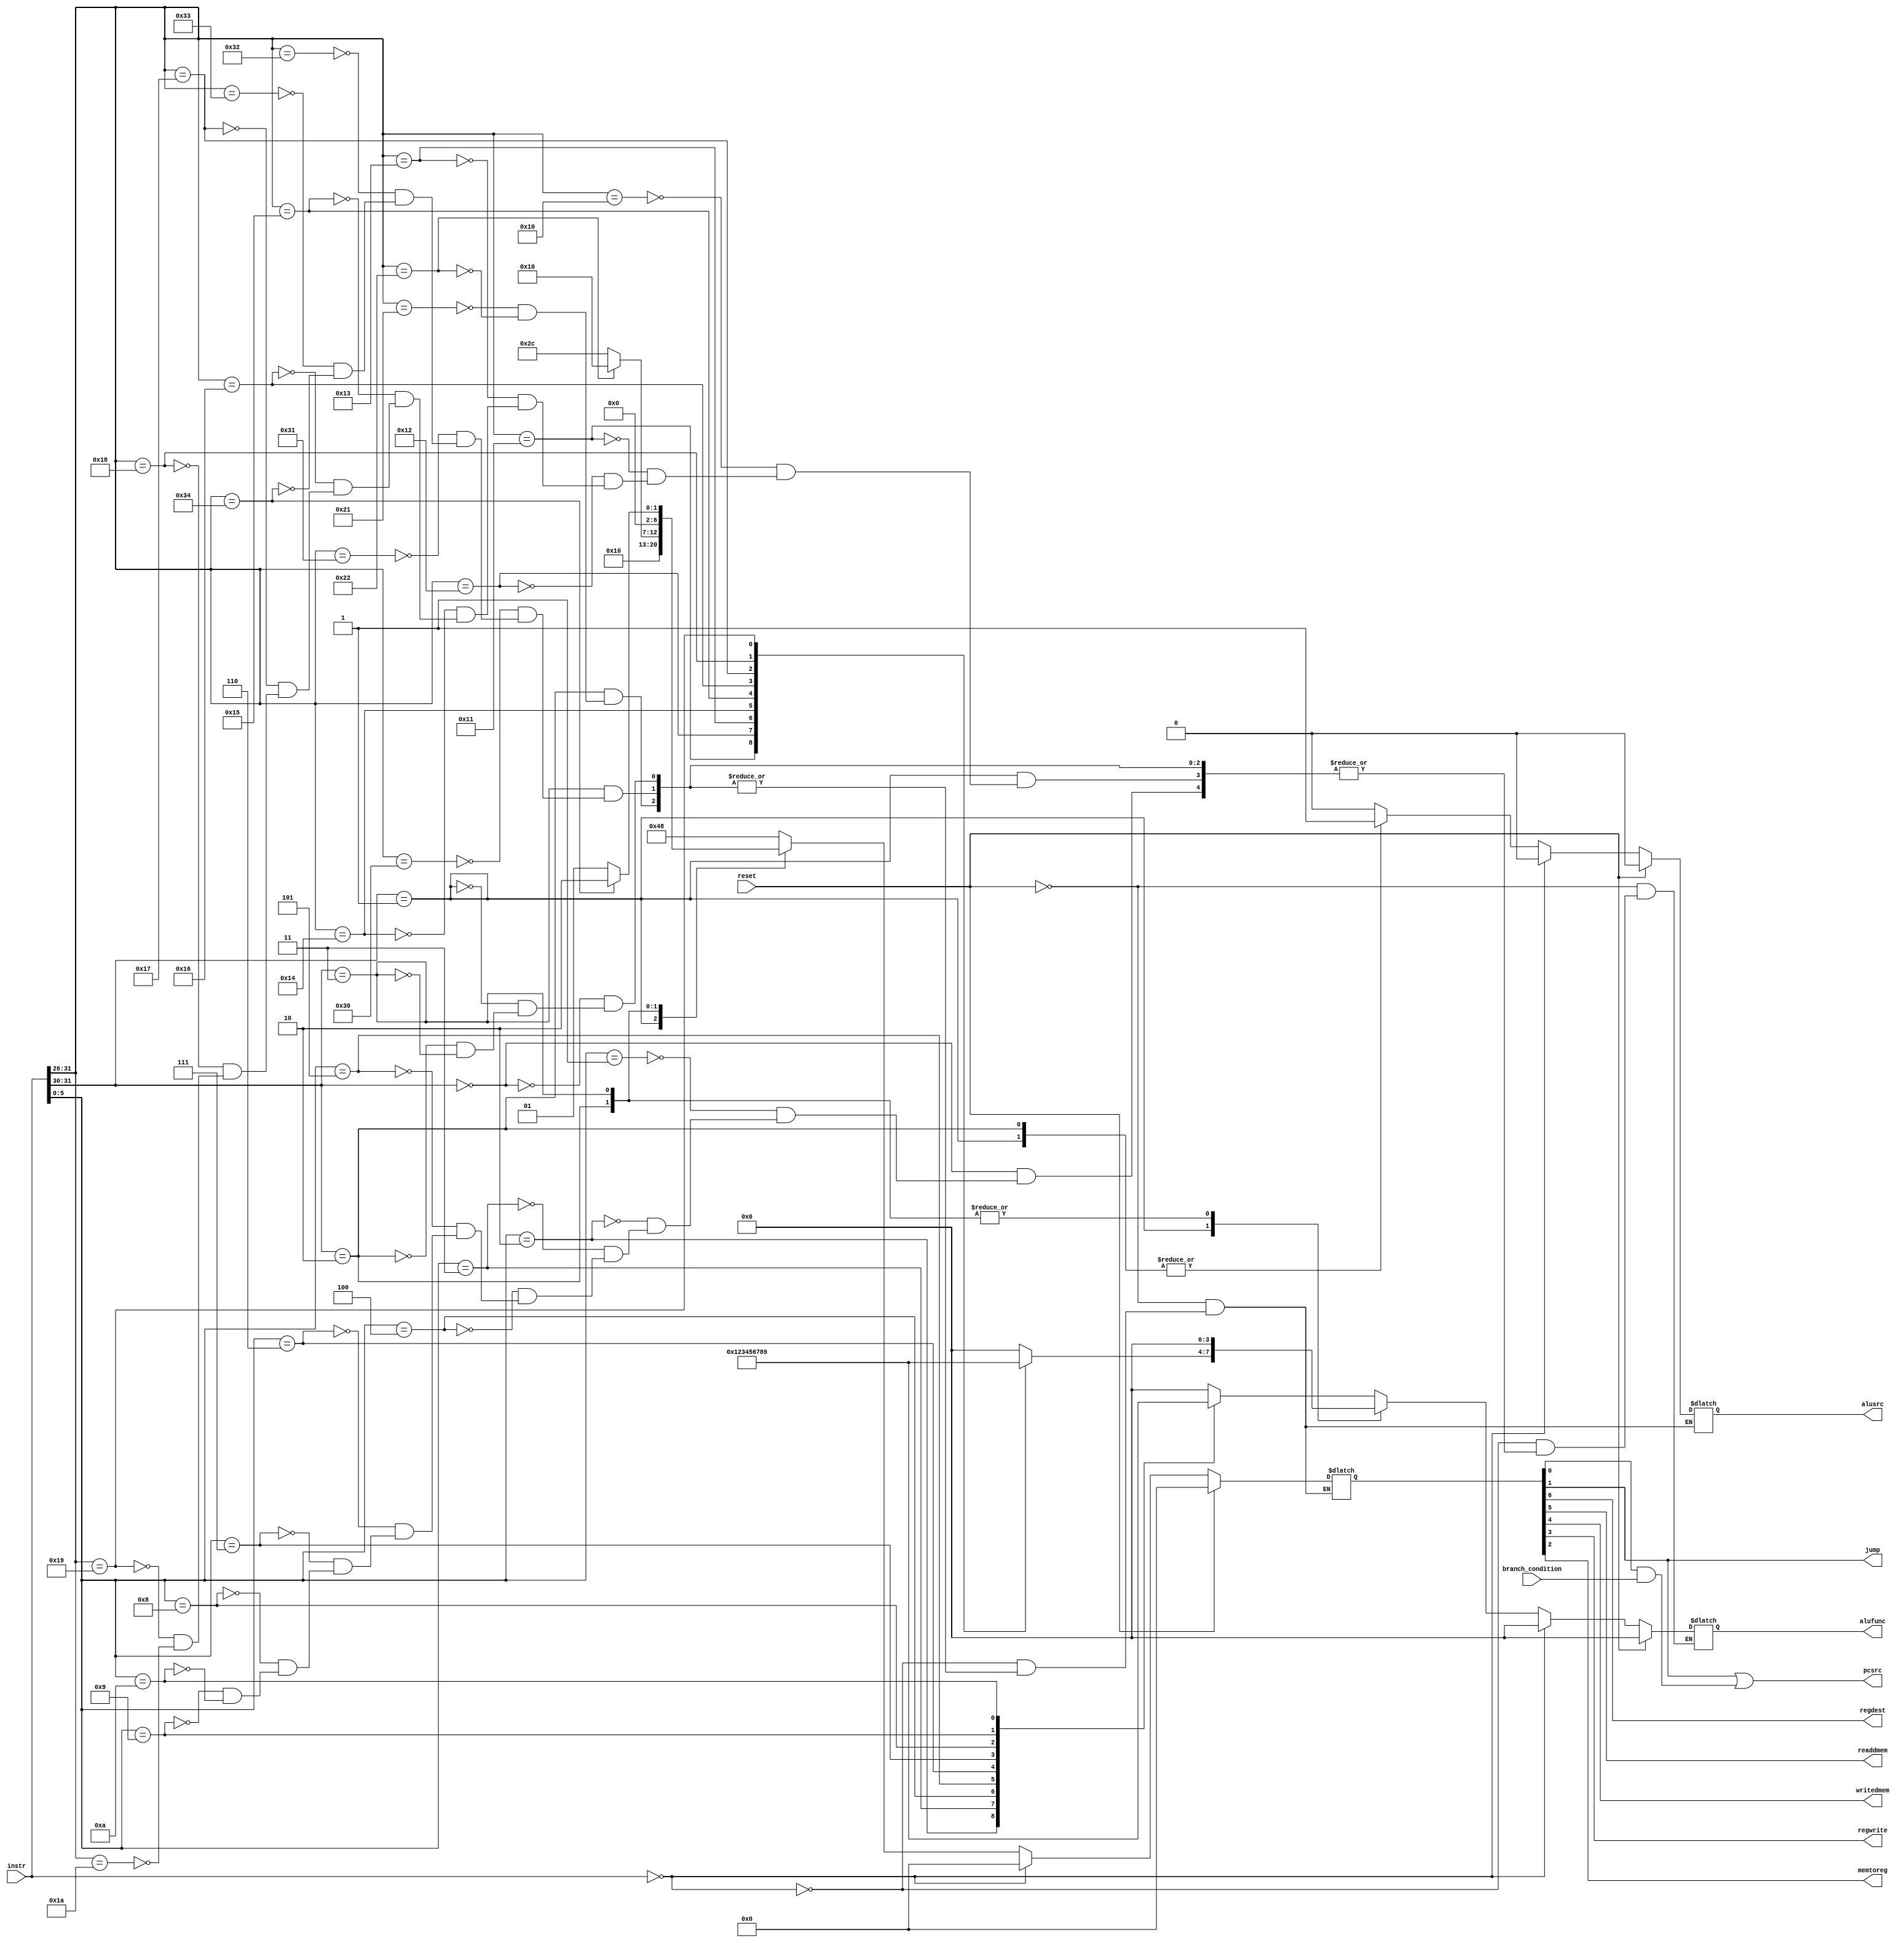
module controller (
    input wire reset,
    input wire [31:0] instr,
    input wire branch_condition,
    output wire alusrc,
    output wire [3:0] alufunc,
    output wire regdest,
    output wire readdmem,writedmem,
    output wire regwrite,memtoreg,
    output wire jump,pcsrc
);

reg [11:0] control_signals;
wire branch;
assign {alusrc,alufunc,regdest,
    readdmem,writedmem,regwrite,memtoreg,jump,branch} = control_signals;

always @*
begin
    if(reset) begin
        control_signals <= 12'b0;
    end
    else if(instr == 32'b0)
        control_signals <= 12'b0;
    else begin
        case (instr[31:30])
            2'b00 : begin
                {control_signals[11],control_signals[6:0]} <= 8'b01001000;
                case (instr[5:0])
                    6'b000001 : control_signals[10:7] <= 4'b0000; // ADD
                    6'b000010 : control_signals[10:7] <= 4'b0001; // SUB
                    6'b000011 : control_signals[10:7] <= 4'b0010; // AND
                    6'b000100 : control_signals[10:7] <= 4'b0011; // OR
                    6'b000101 : control_signals[10:7] <= 4'b0100; // XOR
                    6'b000110 : control_signals[10:7] <= 4'b0101; // NOT
                    6'b000111 : control_signals[10:7] <= 4'b0110; // SLA
                    6'b001000 : control_signals[10:7] <= 4'b0111; // SLL
                    6'b001001 : control_signals[10:7] <= 4'b1000; // SRA
                    6'b001010 : control_signals[10:7] <= 4'b1001; // SRL
                endcase
            end
            2'b01 : begin
                {control_signals[11],control_signals[6:0]} <= 8'b10001000;
                case (instr[31:26])
                    6'b010000 : control_signals[10:7] <= 4'b0000; // ADDI
                    6'b010001 : control_signals[10:7] <= 4'b0001; // SUBI
                    6'b010010 : control_signals[10:7] <= 4'b0010; // ANDI
                    6'b010011 : control_signals[10:7] <= 4'b0011; // ORI
                    6'b010100 : control_signals[10:7] <= 4'b0100; // XORI
                    6'b010101 : control_signals[10:7] <= 4'b0101; // NOTI
                    6'b010110 : control_signals[10:7] <= 4'b0110; // SLAI
                    6'b010111 : control_signals[10:7] <= 4'b0111; // SLLI
                    6'b011000 : control_signals[10:7] <= 4'b1000; // SRAI
                    6'b011001 : control_signals[10:7] <= 4'b1001; // SRLI
                    6'b011010 : control_signals[10:7] <= 4'b0000; // MOVE
                endcase
            end
            2'b10 : begin
                case (instr[31:26])
                    6'b100001 : control_signals <= 12'b100000101100; // LD
                    6'b100010 : control_signals <= 12'b100000010000; // ST
                endcase
            end
            2'b11 : begin
                case (instr[31:26])
                    6'b110000 : control_signals <= 12'b000000000001; // BLT
                    6'b110001 : control_signals <= 12'b000000000001; // BGT
                    6'b110010 : control_signals <= 12'b000000000001; // BEQ
                    6'b110011 : control_signals <= 12'b000000000001; // BNE
                    6'b110100 : control_signals <= 12'b000000000010; // BR
                endcase
            end
        endcase
    end
end

assign pcsrc = jump | (branch & branch_condition);

endmodule